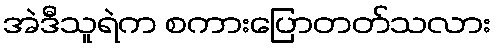
အဲဒီသူရဲက စကားပြောတတ်သလား